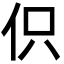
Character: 伿